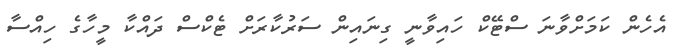
އެހެން ކަމަށްވާނަ ސްޓޭކް ހައިވާނީ ގިނައިން ސަރުކާރަށް ޓެކްސް ދައްކާ މީހާގެ ހިއްސާ